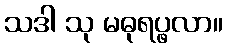
သဒါ သု မဓုရပ္ဖလာ။